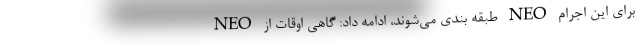
NEO طبقه بندی می‌شوند، ادامه داد: گاهی اوقات از NEO برای این اجرام